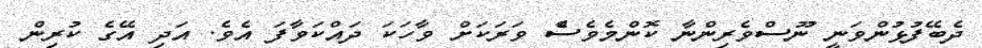
ދެބޭފުޅުންވަނީ ނޫސްވެރިންނާ ކޮންމެވެސެް ވަރަކަށް ވާހަކަ ދައްކަވާފަ އެވެ. އަދި އޭގެ ކުރިން